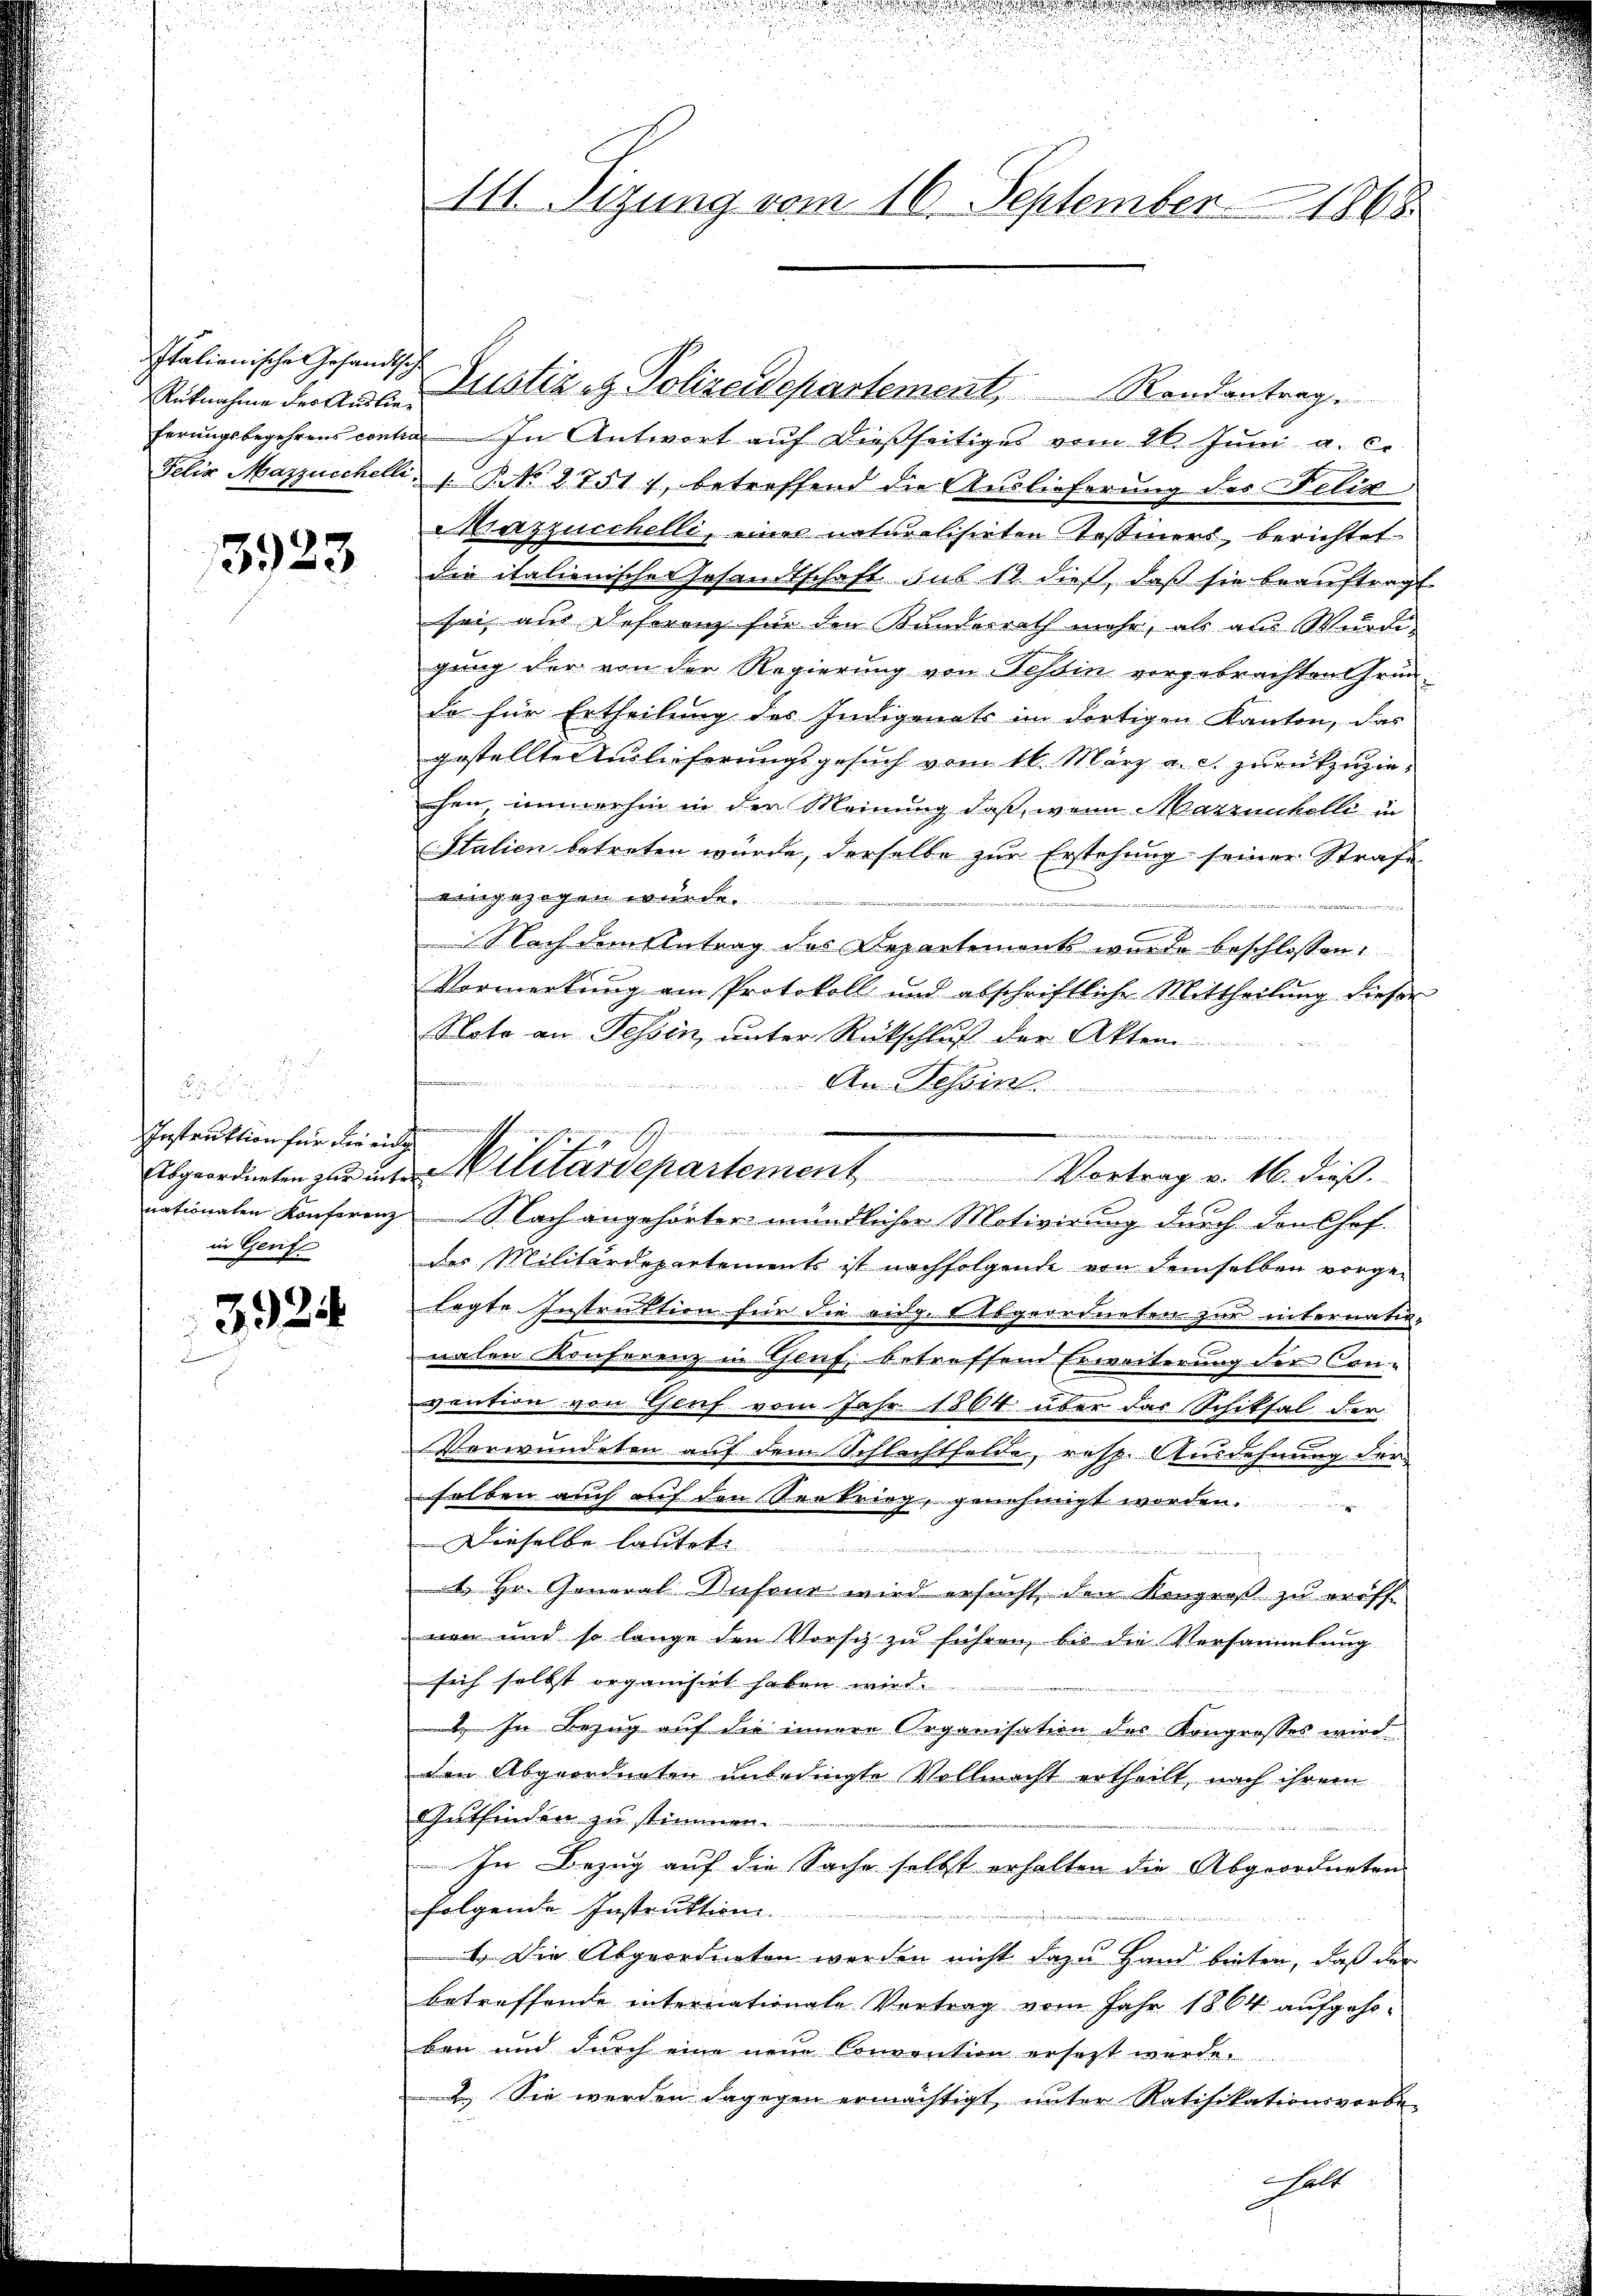
Italienische Gesandtsch
Rüknahme des Auslie¬

3923

Instruktion für die eidg
nationalen Konferenz
in Genf

3924

111 Sizung vom 16. September 1865

Justiz & Polizeidepartement, Rondantrag.
ferungsbegehrens contin. In Antwort auf dießseitiges vom 16. Juni a. c.
Felix Mazzuschelli, 1. P. N. 2751 1, betreffend die Auslieferung des Felix
Mazzucchelli, einer naturalisirten Tessiners, berichtet.
die italienischer Gesandtschaft sub 12. dieß, daβ sie beaŭftragt
sei als Deferenz für den Kunderrath mehr, als aus Würdi
gung der von der Regierung von Tessin vorgebrachten Gründe für Ertheilung der Indigenats im dortigen Kanton, das
gestellte Auslieferungsgesuch vom 16. März a. c. zurückzuziechen, immerhin in der Meinung daß, wenn Marrunkelli in
Stalien betreten würde, derselbe zur Erstehung seiner Strafe
ngezogen würde.
rt
Nach dem Antrag des Departements wurde beschlossen:
Vormerkŭng am Protokoll und abschriftliche Mittheilŭng dieser
Note an Tessin, unter Rückschluß der Akten
An Tessin
s
Nach angehörter mündlicher Motivirung durch denshof-
des Militärdepartements ist nachfolgende von demselben vorge-
lagte Instruktion für die eidg. ergeordneten zur internatio-
naten Konferenz in Genf betreffene Erweiterung der Con-
vention von Genf vom Jahr 1864 über das Schiksal der
Verwundeten auf dem Schlechtfelde, resp. Ausdehnung der
selben auch auf den Seekrieg, genehmigt worden.
Dieselbe lautete
er
1. Hr. General Infeur wird ersucht den Kongroß zu eröff-
nen und so lange den Vorsch zu führen, bis die Versammlung
sich selbst organisirt haben wird.
 In Bezug auf die innere Organisation des Kongrosses wird
den Abgeordneten unbedingte Vollmacht ertheilt, nach ihrem
Gutfinden zu stimmen.
u
In Bezug auf die Sache selbst erhalten die Abgeordneten
folgende Instruktion.
1.) Die Abgeordneten werden nicht dazu Hand bieten, daß der
betreffende internationale Vortrag vom Jahr 1864 aufgehoben und durch eine neue Convention ersetzt werde.
2. Sie werden dagegen ermächtigt, unter Ratifikationsvorbe-
helt

¬
aschen
.
7
Abgeordneten zŭr in Militärdepartement Vortrag v. 16. dieβ.